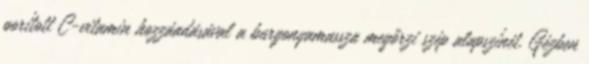
porított C-vitamin hozzáadásával a burgonyamassza megőrzi szép alapszínét. Gézben